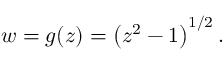
w = g ( z ) = \left( z ^ { 2 } - 1 \right) ^ { 1 / 2 } .